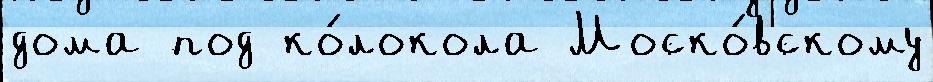
дома под ко́локола Моско́вскому